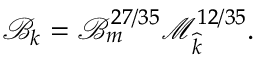
\mathcal { B } _ { k } = \mathcal { B } _ { m } ^ { 2 7 / 3 5 } \mathcal { M } _ { \widehat { k } } ^ { 1 2 / 3 5 } .